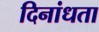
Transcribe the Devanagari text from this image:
दिनांधता